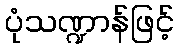
ပုံသဏ္ဍာန်ဖြင့်